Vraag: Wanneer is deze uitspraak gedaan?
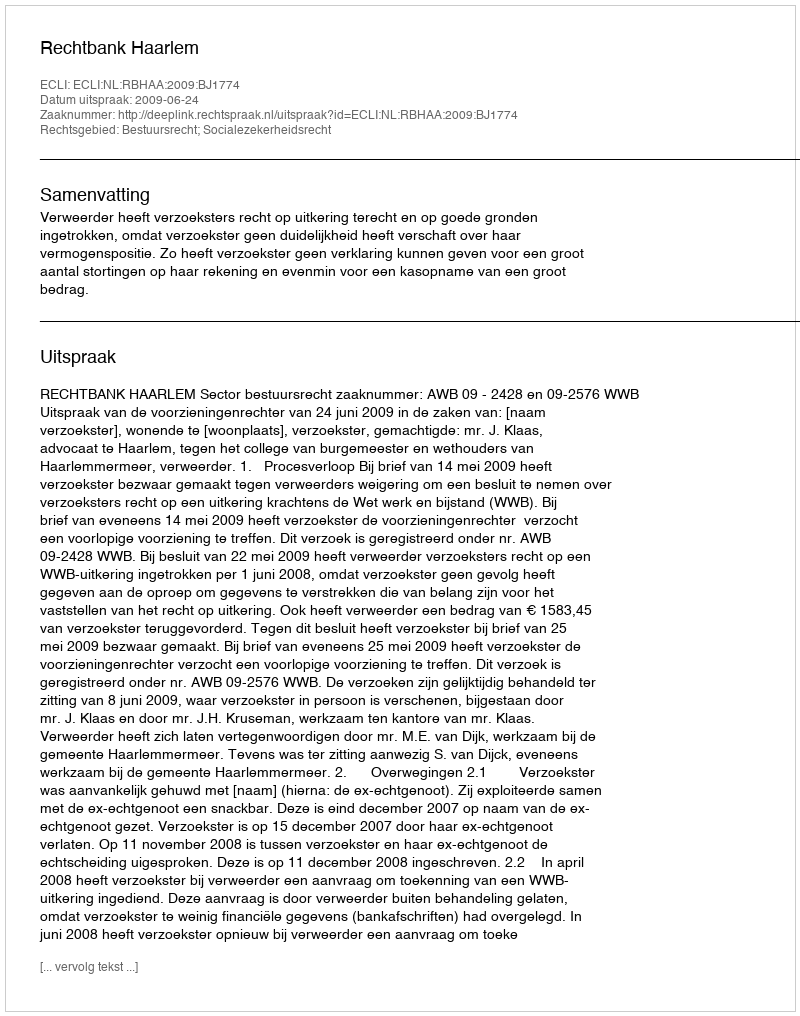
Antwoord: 2009-06-24